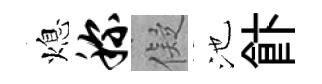
熄称儗池飰